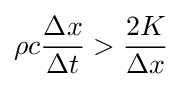
\rho c{\frac {\Delta x}{\Delta t}}>{\frac {2K}{\Delta x}}